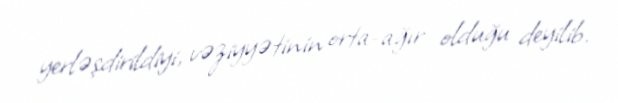
yerləşdirildiyi, vəziyyətinin orta-ağır olduğu deyilib.